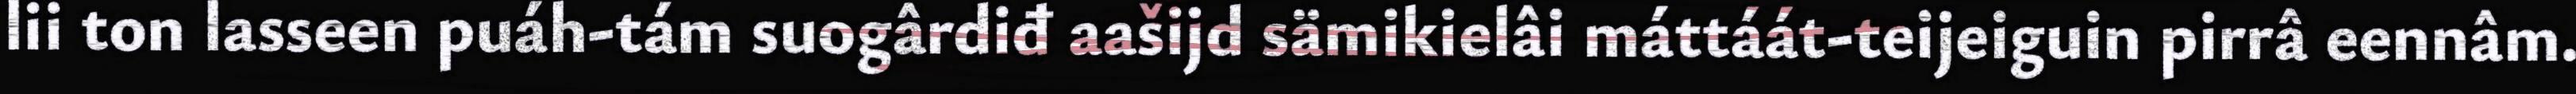
lii ton lasseen puáh-tám suogârdiđ aašijd sämikielâi máttáát-teijeiguin pirrâ eennâm.